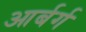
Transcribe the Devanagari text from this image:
आर्बर्ग